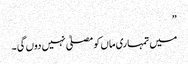
”
میں تمہاری ماں کو مصلیٰ نہیں دوں گی ۔